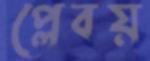
প্লেবয়